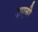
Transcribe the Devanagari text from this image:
नाएबी